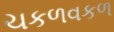
ચકળવકળ